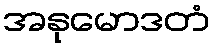
အနုမောဒတံ